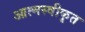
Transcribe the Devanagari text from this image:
आत्‍मस्‍वीकृत